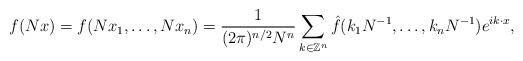
LaTeX: \begin{align*} f(N\*x)=f(N\*x_1, \ldots, N\*x_n)=\frac{1}{(2\pi)^{n/2}\*N^{n}}\*\sum_{k\in\mathbb{Z}^n} \* \hat{f}(k_1\*N^{-1}, \ldots, k_n\*N^{-1})e^{i\*k\cdot x}, \end{align*}